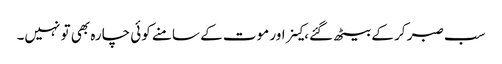
سب صبر کر کے بیٹھ گئے، کینر اور موت کے سامنے کوئی چارہ بھی تو نہیں۔